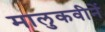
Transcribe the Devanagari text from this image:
मालुकवीनें